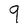
Character: q